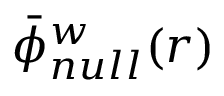
\bar { \phi } _ { n u l l } ^ { w } ( r )